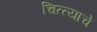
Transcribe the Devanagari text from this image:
चित्त्याचे